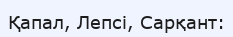
Қапал, Лепсі, Сарқант: